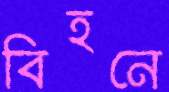
বিহনে